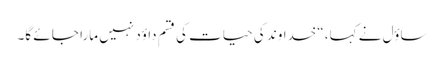
ساؤل نے کہا، “خداوند کی حیات کی قسم داؤد نہیں مارا جا ئے گا۔